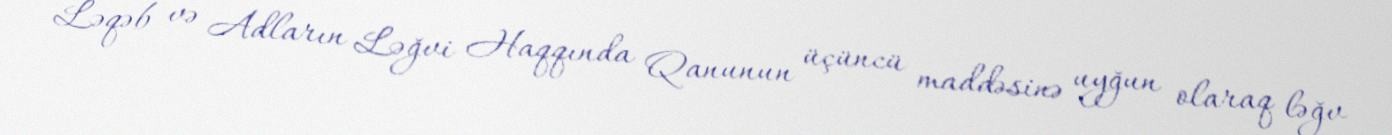
Ləqəb və Adların Ləğvi Haqqında Qanunun üçüncü maddəsinə uyğun olaraq ləğv